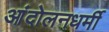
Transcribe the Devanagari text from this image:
आंदोलनधर्मी